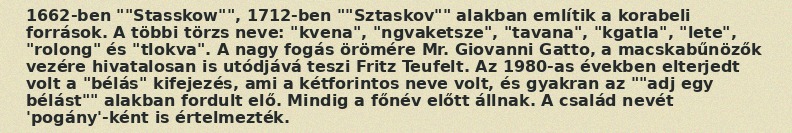
1662-ben ""Stasskow"", 1712-ben ""Sztaskov"" alakban említik a korabeli források. A többi törzs neve: "kvena", "ngvaketsze", "tavana", "kgatla", "lete", "rolong" és "tlokva". A nagy fogás örömére Mr. Giovanni Gatto, a macskabűnözők vezére hivatalosan is utódjává teszi Fritz Teufelt. Az 1980-as években elterjedt volt a "bélás" kifejezés, ami a kétforintos neve volt, és gyakran az ""adj egy bélást"" alakban fordult elő. Mindig a főnév előtt állnak. A család nevét 'pogány'-ként is értelmezték.